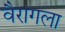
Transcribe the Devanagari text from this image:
वैरागला